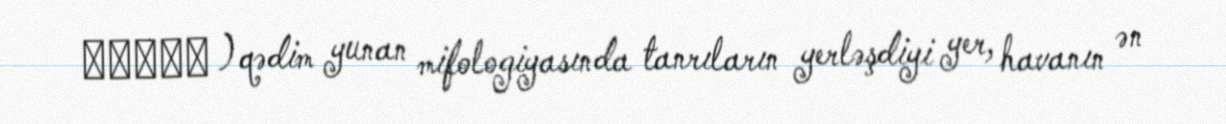
Αἰθήρ ) qədim yunan mifologiyasında tanrıların yerləşdiyi yer, havanın ən